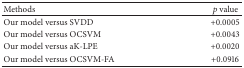
<table><thead><tr><td><b>Methods</b></td><td><b><i>p</i> value</b></td></tr></thead><tbody><tr><td>Our model versus SVDD</td><td>+0.0005</td></tr><tr><td>Our model versus OCSVM</td><td>+0.0043</td></tr><tr><td>Our model versus aK-LPE</td><td>+0.0020</td></tr><tr><td>Our model versus OCSVM-FA</td><td>+0.0916</td></tr></tbody></table>